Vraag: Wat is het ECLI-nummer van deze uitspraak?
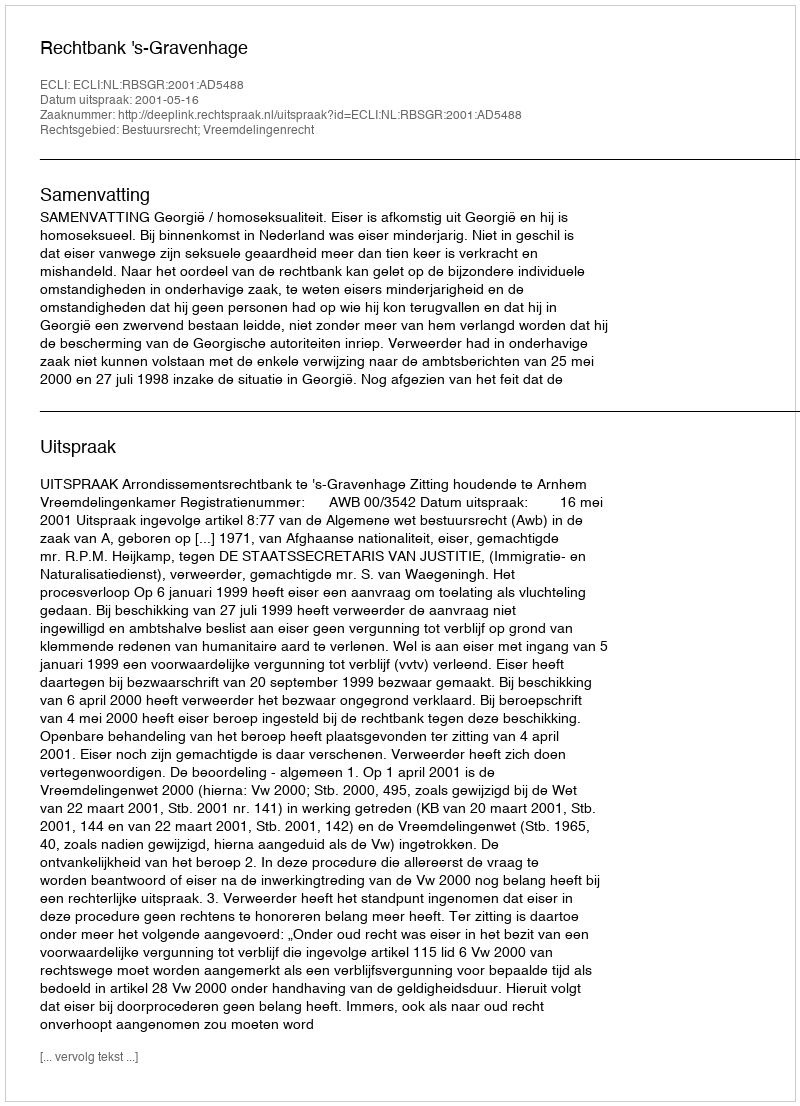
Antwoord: ECLI:NL:RBSGR:2001:AD5488